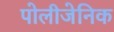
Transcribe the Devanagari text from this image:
पोलीजेनिक